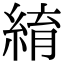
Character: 䋭